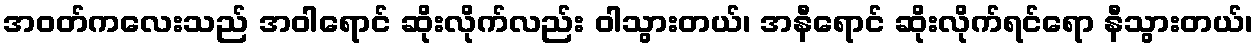
အဝတ်ကလေးသည် အဝါရောင် ဆိုးလိုက်လည်း ဝါသွားတယ်၊ အနီရောင် ဆိုးလိုက်ရင်ရော နီသွားတယ်၊